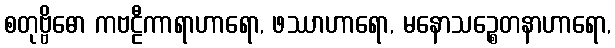
စတုဗ္ဗိဓော ကဗဠီကာရာဟာရော, ဖဿာဟာရော, မနောသဉ္စေတနာဟာရော,